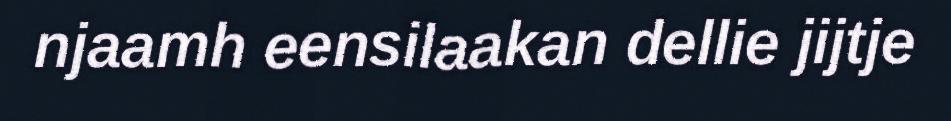
njaamh eensilaakan dellie jijtje